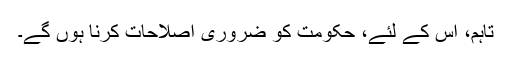
تاہم، اس کے لئے، حکومت کو ضروری اصلاحات کرنا ہوں گے۔